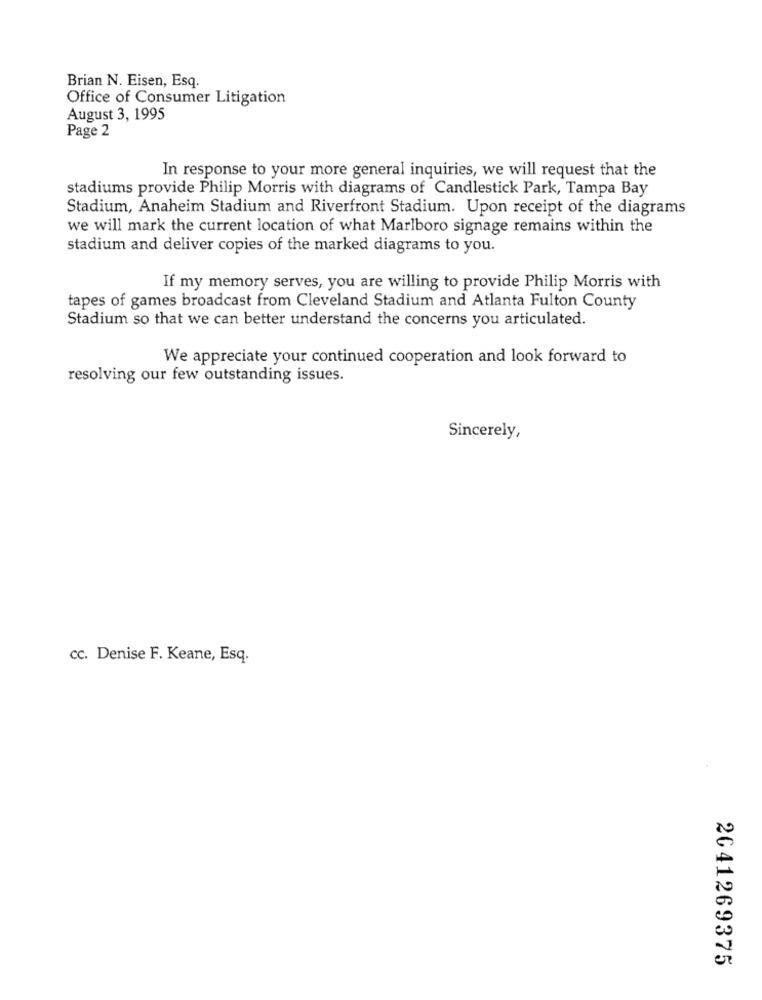
Brian N. Eisen, Esq.
Office of Consumer Litigation
August 3, 1995
Page 2
In response to your more general inquiries, we will request that the
stadiums provide Philip Morris with diagrams of Candlestick Park, Tampa Bay
Stadium, Anaheim Stadium and Riverfront Stadium. Upon receipt of the diagrams
we will mark the current location of what Marlboro signage remains within the
stadium and deliver copies of the marked diagrams to you.
If my memory serves, you are willing to provide Philip Morris with
tapes of games broadcast from Cleveland Stadium and Atlanta Fulton County
Stadium so that we can better understand the concerns you articulated.
We appreciate your continued cooperation and look forward to
resolving our few outstanding issues.
Sincerely,
cc. Denise F. Keane, Esq.
2041269375